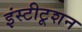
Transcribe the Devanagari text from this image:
इंस्टीटूशन